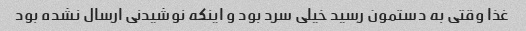
غذا وقتی به دستمون رسید خیلی سرد بود و اینکه نوشیدنی ارسال نشده بود